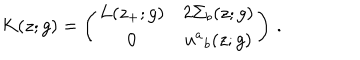
K ( z ; g ) = \left( \begin{array} { c c } { { L ( z _ { + } ; g ) } } & { { 2 \Sigma _ { b } ( z ; g ) } } \\ { { 0 } } & { { u ^ { a } { } _ { b } ( z ; g ) } } \\ \end{array} \right) \, .